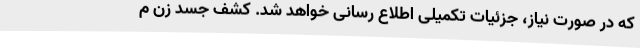
که در صورت نیاز، جزئیات تکمیلی اطلاع رسانی خواهد شد. کشف جسد زن م